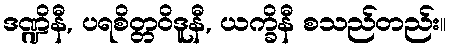
ဒဏ္ဍိနီ, ပရစိတ္တဝိဒူနီ, ယက္ခိနီ စသည်တည်း။